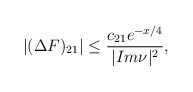
\begin{align*}|(\Delta F)_{21}|\leq\frac{c_{21}e^{-x/4}}{|Im\nu|^2},\end{align*}